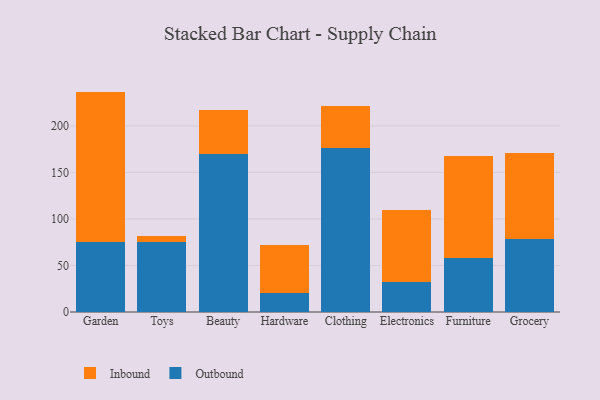
{"axis": {"x": "Category", "y": "Inventory Turnover"}, "legend": ["Inbound", "Outbound"], "data": [{"x": "Garden", "y": 75.7, "type": "Outbound"}, {"x": "Garden", "y": 161.1, "type": "Inbound"}, {"x": "Toys", "y": 74.9, "type": "Outbound"}, {"x": "Toys", "y": 7.0, "type": "Inbound"}, {"x": "Beauty", "y": 170.2, "type": "Outbound"}, {"x": "Beauty", "y": 46.3, "type": "Inbound"}, {"x": "Hardware", "y": 20.0, "type": "Outbound"}, {"x": "Hardware", "y": 52.3, "type": "Inbound"}, {"x": "Clothing", "y": 175.7, "type": "Outbound"}, {"x": "Clothing", "y": 45.4, "type": "Inbound"}, {"x": "Electronics", "y": 32.6, "type": "Outbound"}, {"x": "Electronics", "y": 77.0, "type": "Inbound"}, {"x": "Furniture", "y": 58.1, "type": "Outbound"}, {"x": "Furniture", "y": 109.5, "type": "Inbound"}, {"x": "Grocery", "y": 78.2, "type": "Outbound"}, {"x": "Grocery", "y": 92.2, "type": "Inbound"}]}